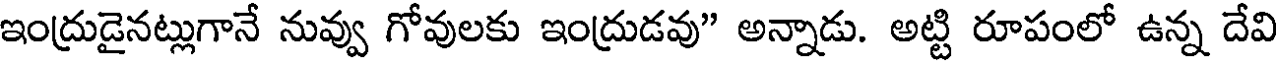
ఇంద్రుడైనట్లుగానే నువ్వు గోవులకు ఇంద్రుడవు" అన్నాడు. అట్టి రూపంలో ఉన్న దేవి